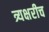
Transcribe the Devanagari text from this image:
त्र्यक्षरीच